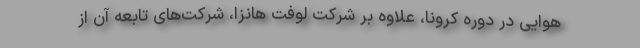
هوایی در دوره کرونا، علاوه بر شرکت لوفت هانزا، شرکت‌های تابعه آن از